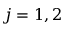
j = 1 , 2